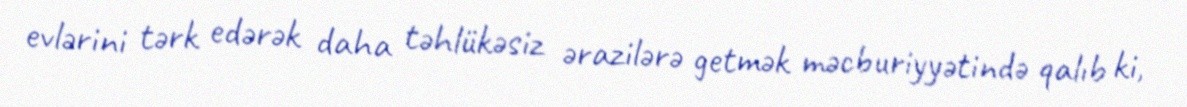
evlərini tərk edərək daha təhlükəsiz ərazilərə getmək məcburiyyətində qalıb ki,